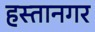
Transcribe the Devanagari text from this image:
हस्तानगर